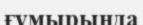
ғүмырында